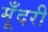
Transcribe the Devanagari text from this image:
मूँदरी